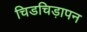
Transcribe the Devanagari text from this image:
चिडचिड़ापन